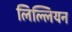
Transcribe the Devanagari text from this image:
लिल्लियन